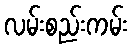
လမ်းစည်းကမ်း